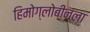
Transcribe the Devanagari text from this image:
हिमोग्लोबीनला